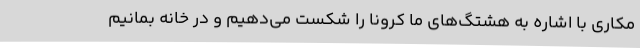
مکاری با اشاره به هشتگ‌های ما کرونا را شکست می‌دهیم و در خانه بمانیم